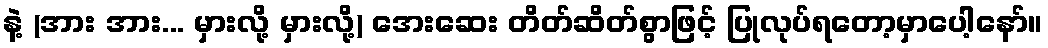
နဲ့ (အား အား... မှားလို့ မှားလို့) အေးဆေး တိတ်ဆိတ်စွာဖြင့် ပြုလုပ်ရတော့မှာပေါ့နော်။